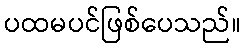
ပထမပင်ဖြစ်ပေသည်။